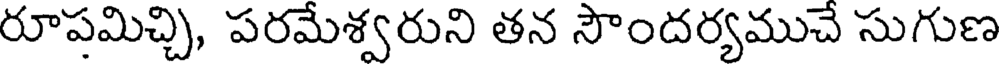
రూపమిచ్చి, పరమేశ్వరుని తన సౌందర్యముచే సుగుణ